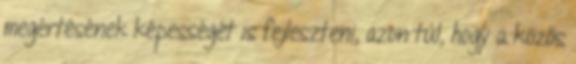
megértésének képességét is fejleszteni, azon túl, hogy a közös